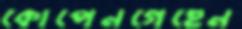
কোপেনগেহেন